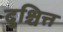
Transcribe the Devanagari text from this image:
दुश्चित्त